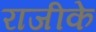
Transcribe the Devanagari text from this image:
राजीके